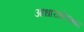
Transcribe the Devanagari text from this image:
आधाराधेयभाव